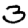
Digit: 3